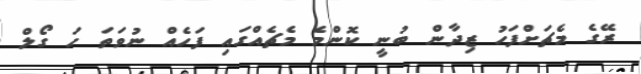
ރޭގެ މެޗަށްފަހު ޒިދާން ބުނީ ކޮންމެ މެޗެއްގައި ފަހެއް ނުވަތަ ހަ ގޯލް